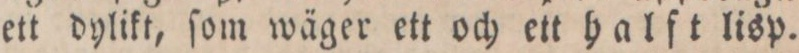
ett dylikt, ſom wäger ett och ett halft lisp.